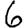
Digit: 6